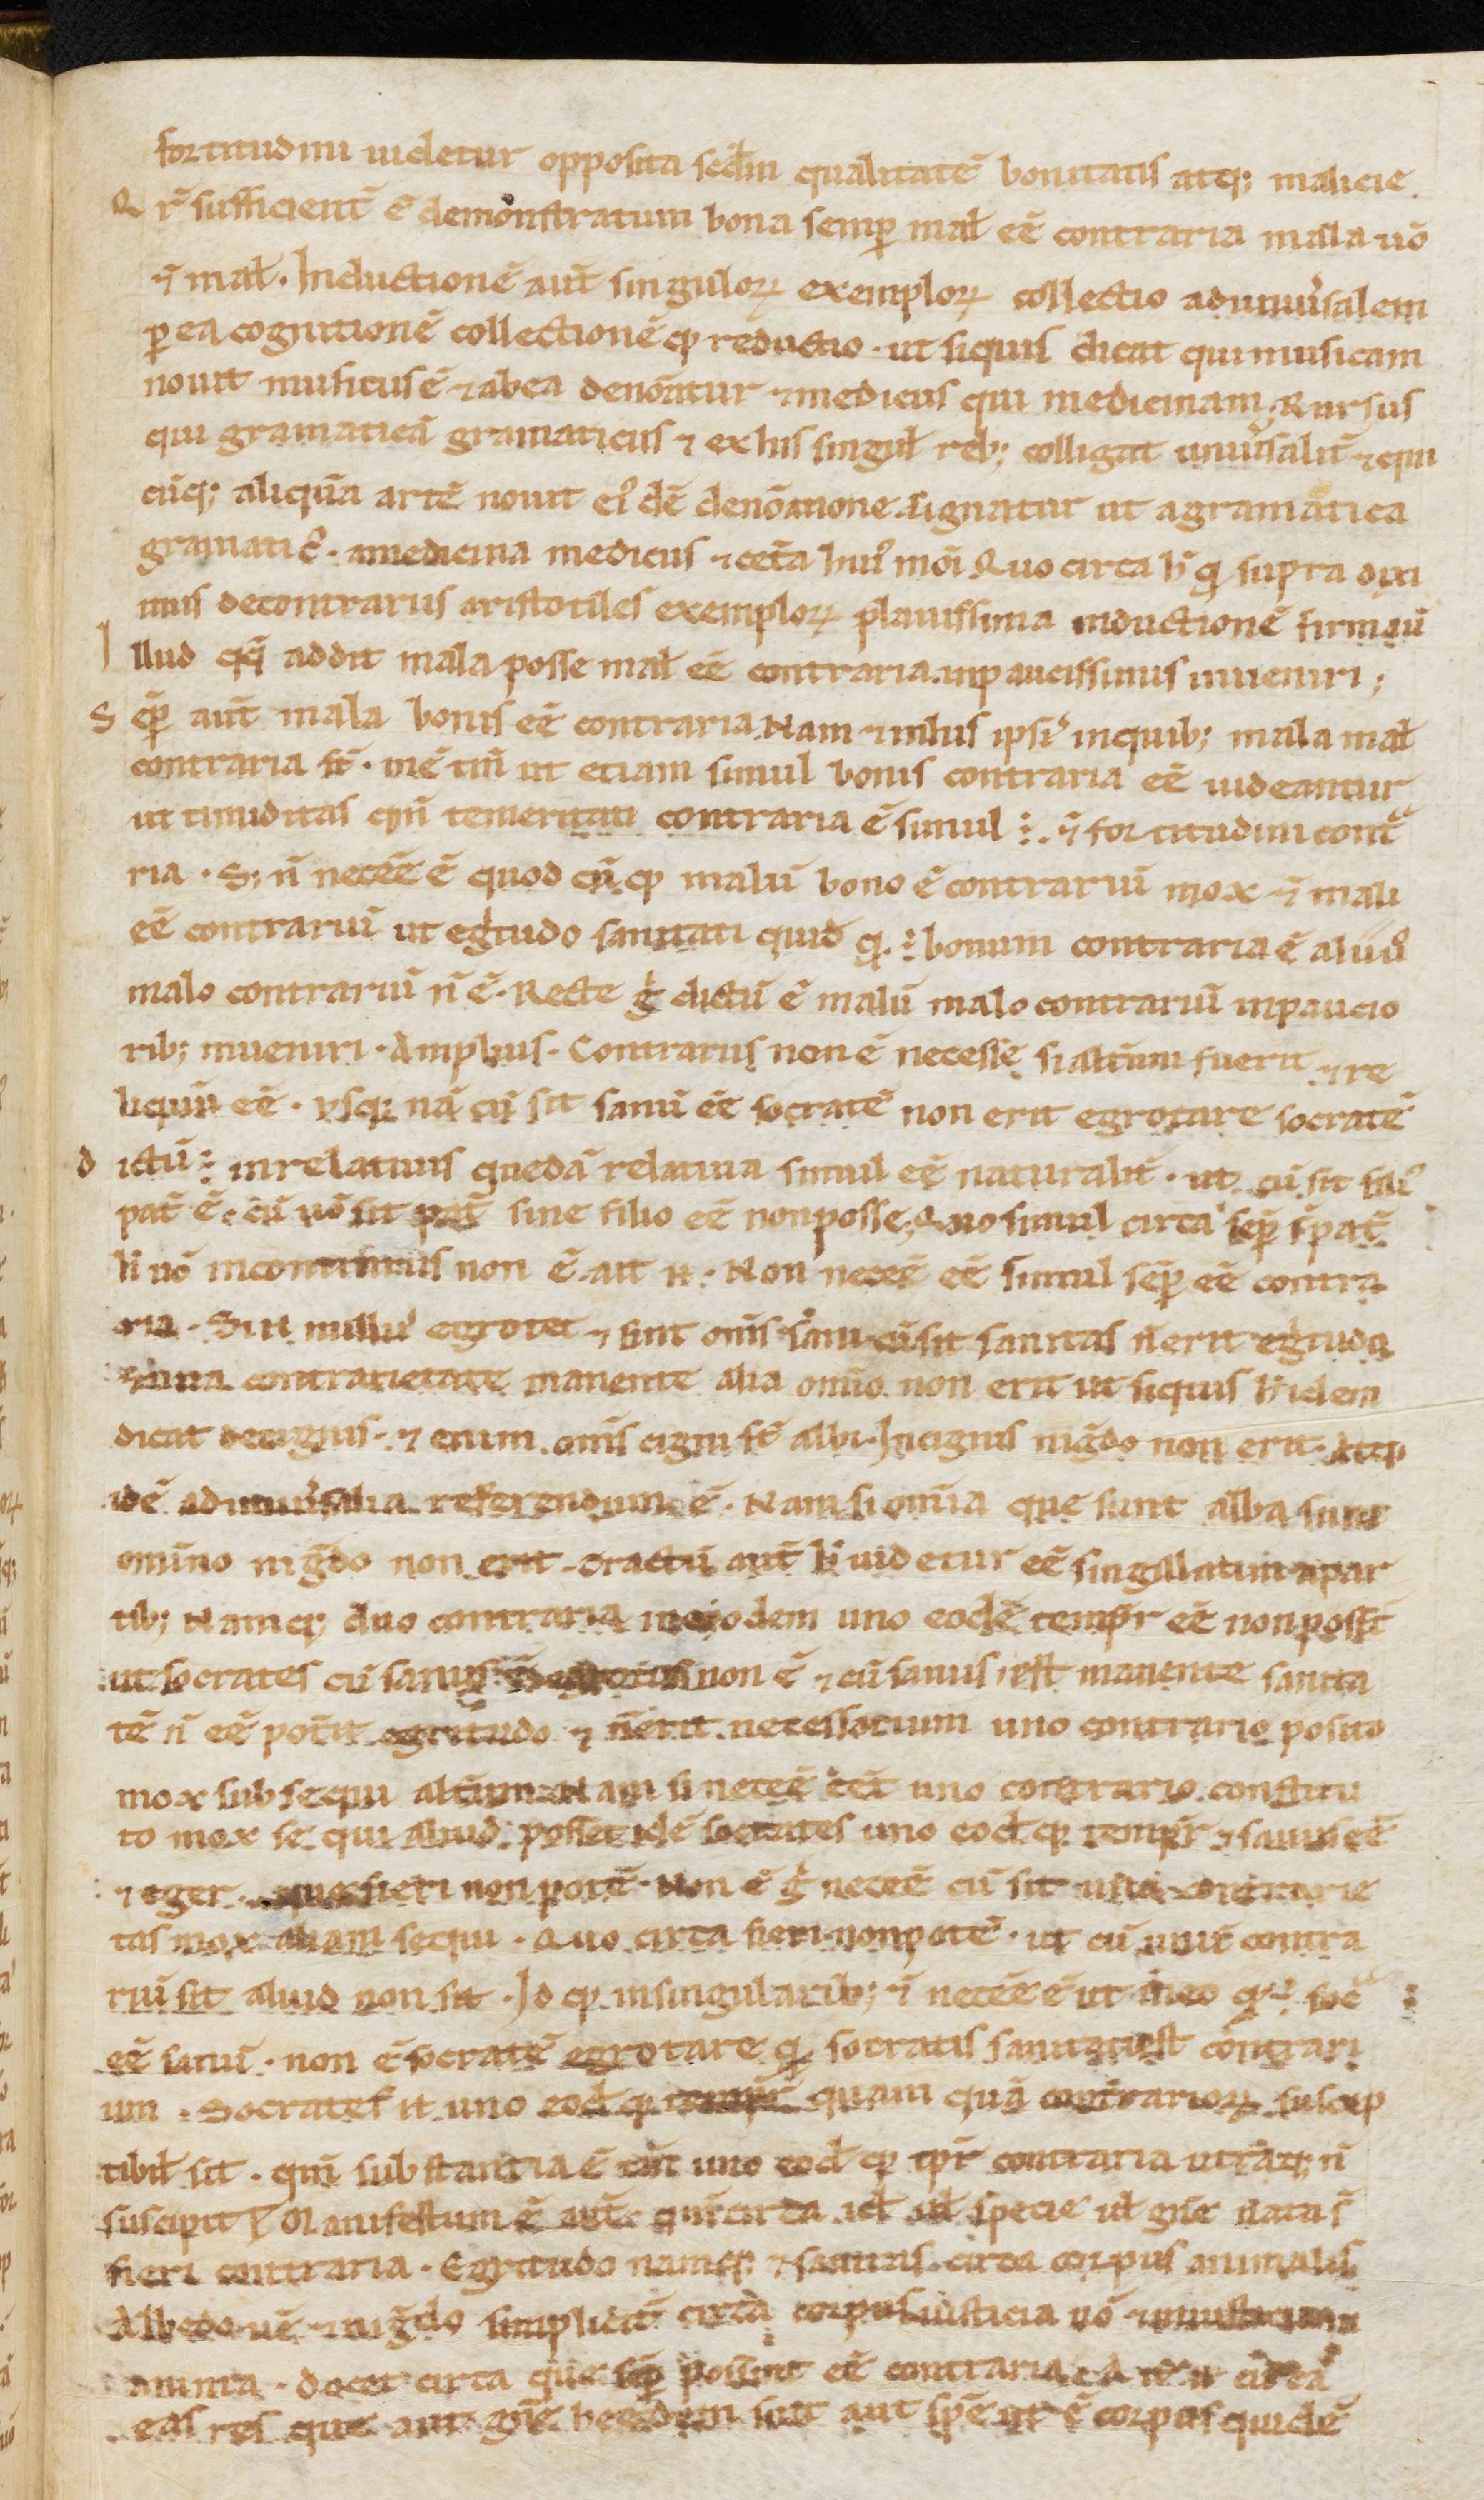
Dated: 1000–1199